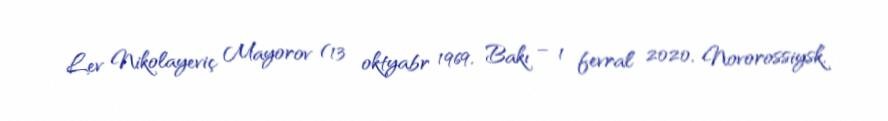
Lev Nikolayeviç Mayorov (13 oktyabr 1969, Bakı – 1 fevral 2020, Novorossiysk,